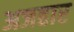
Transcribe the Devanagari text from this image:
अजहार